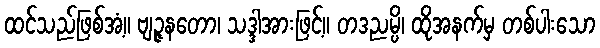
ထင်သည်ဖြစ်အံ့။ ဗျဉ္ဇနတော၊ သဒ္ဒါအားဖြင့်။ တဒညမ္ပိ၊ ထိုအနက်မှ တစ်ပါးသော